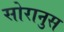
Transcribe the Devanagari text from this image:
सोरानुस